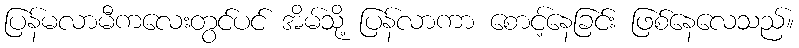
ပြန်မလာမီကလေးတွင်ပင် အိမ်သို့ ပြန်လာကာ စောင့်နေခြင်း ဖြစ်နေလေသည်။